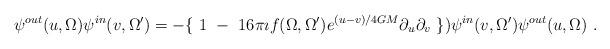
LaTeX: \begin{align*}\psi^{out}(u, \Omega)\psi^{in}(v, \Omega')=-\{~1~-~16\pi\imath f(\Omega,\Omega')e^{(u-v)/4GM}\partial_{u}\partial_{v}~\})\psi^{in}(v, \Omega')\psi^{out}(u,\Omega)~. \end{align*}